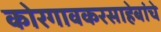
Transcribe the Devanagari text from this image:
कोरगावकरसाहेबांचे